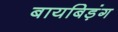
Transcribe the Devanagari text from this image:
बायबिड़ंग